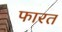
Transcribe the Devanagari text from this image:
फारत